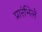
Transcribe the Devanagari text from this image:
प्रारंभिले